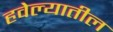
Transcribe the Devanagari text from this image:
हवेल्यातील